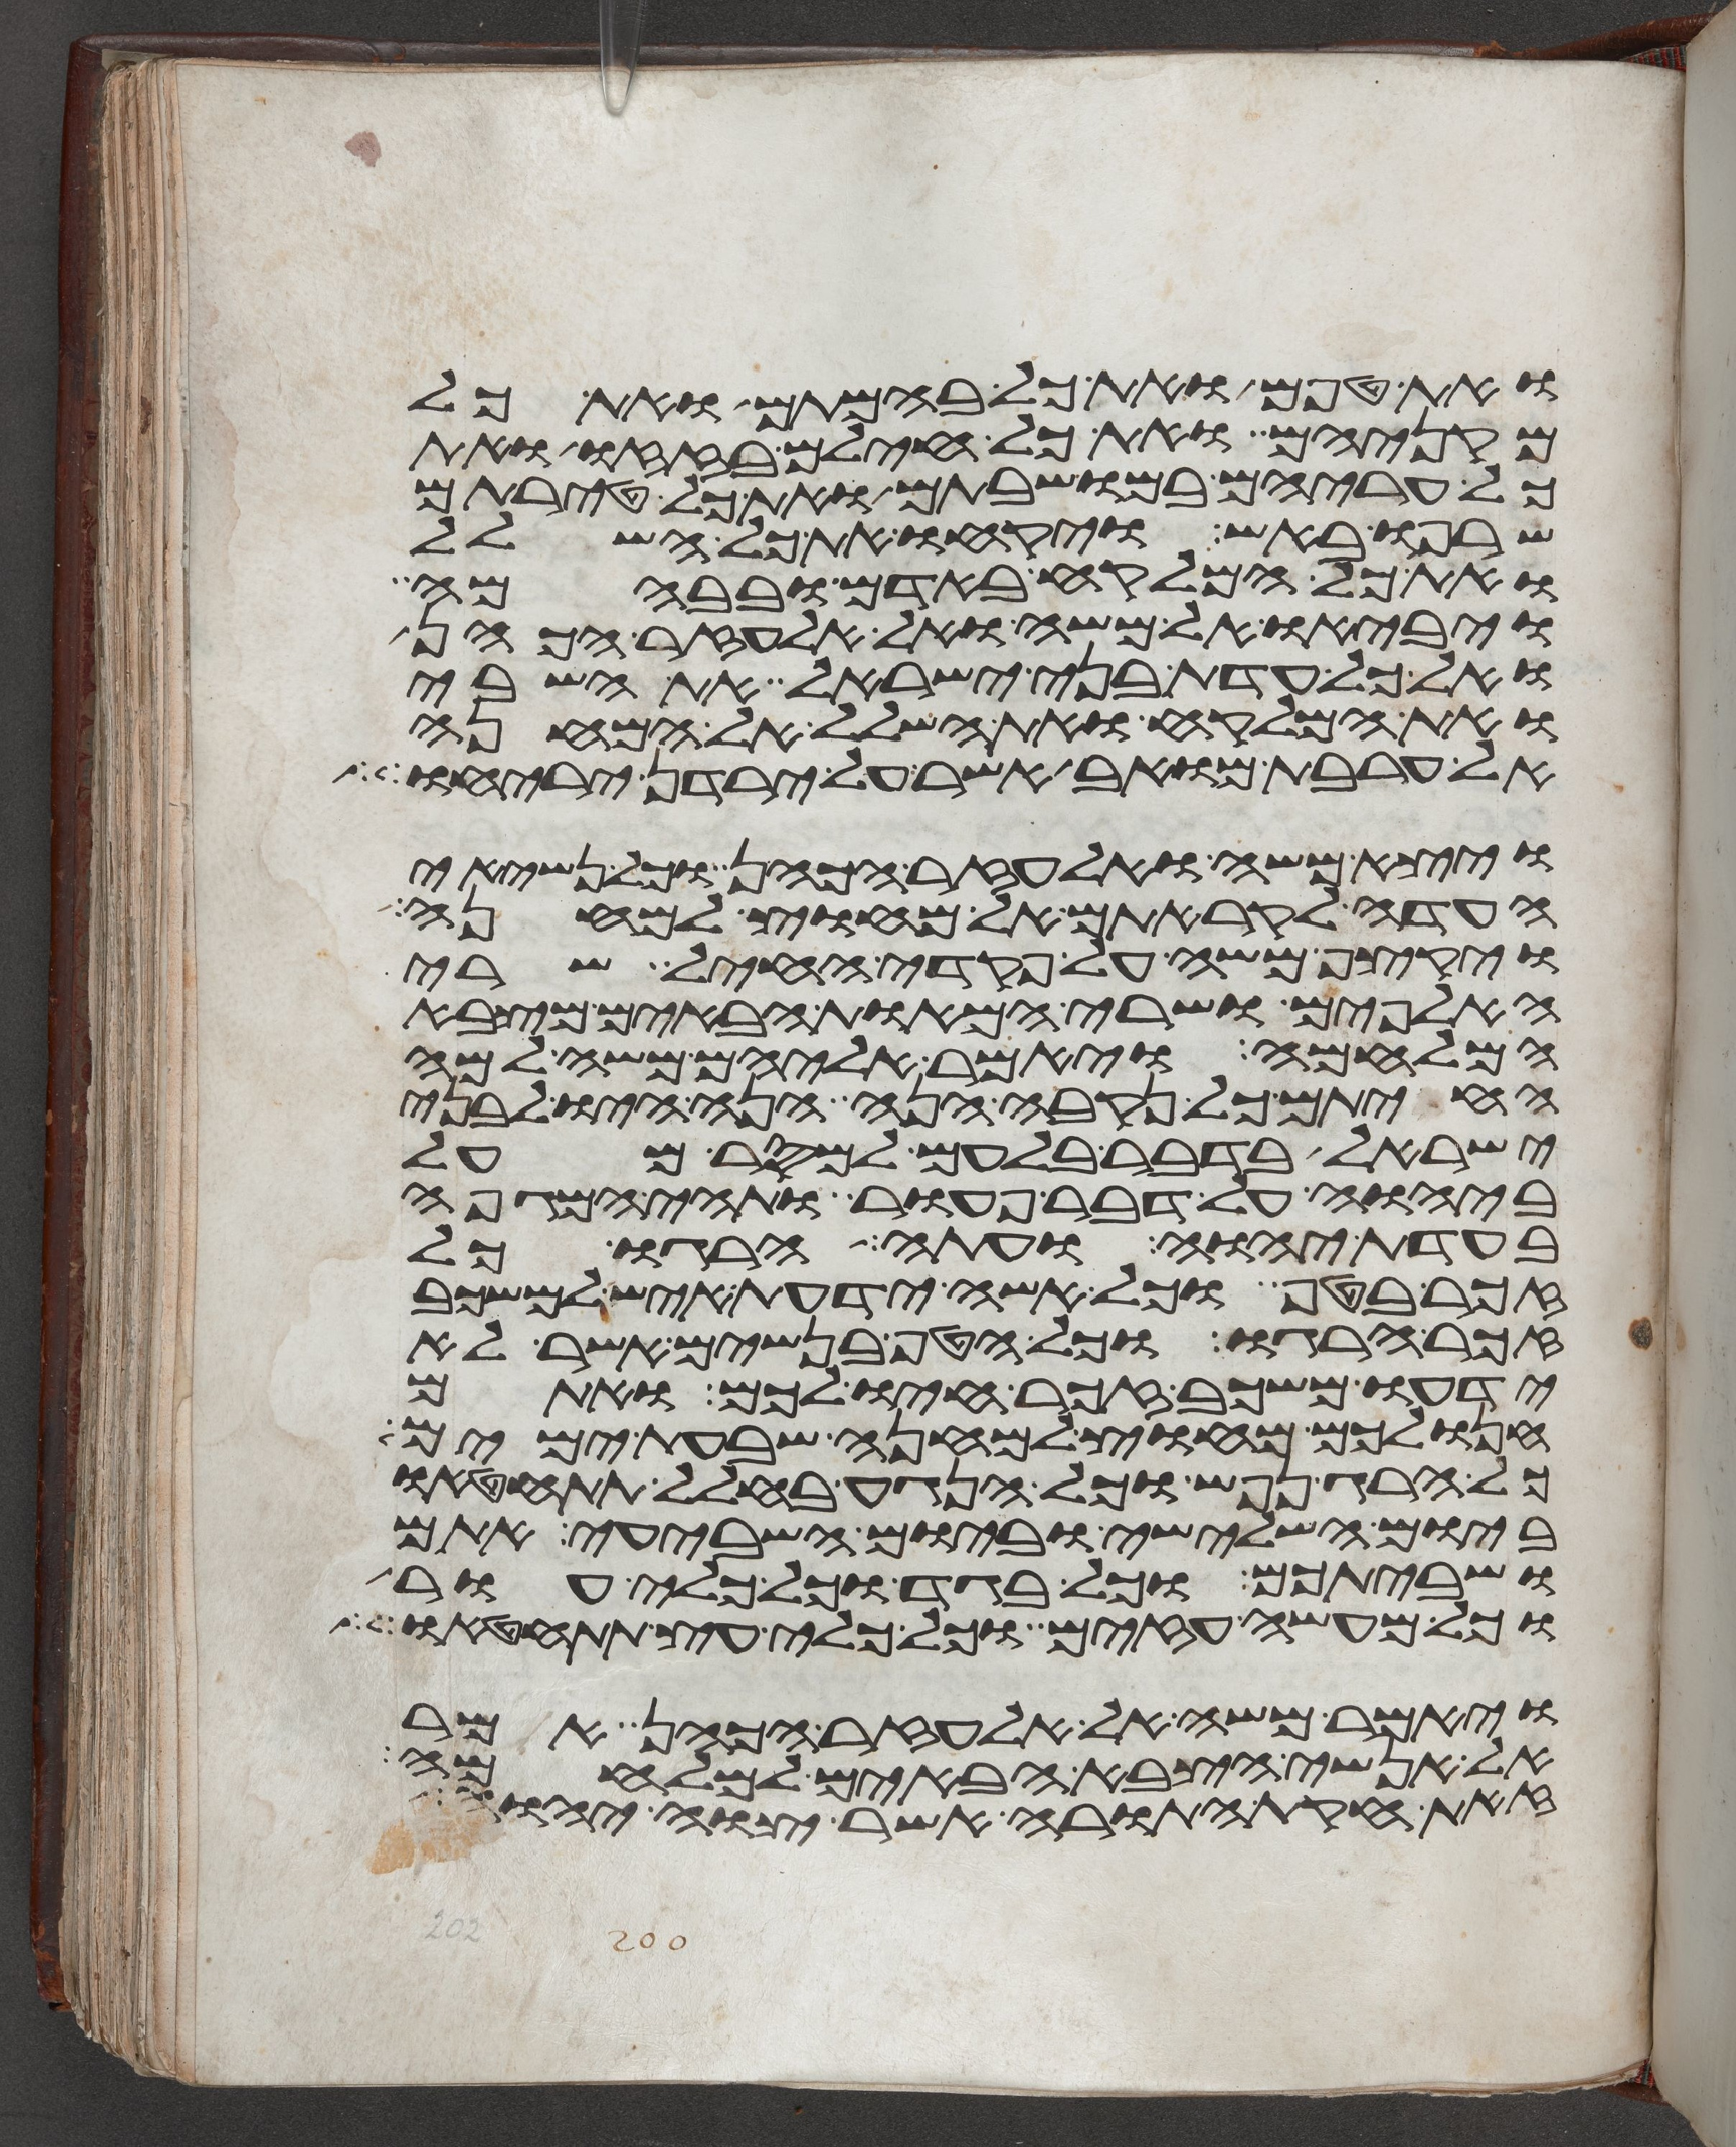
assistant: ואת טפם ואת כל בהמתם ואת כל
מקניהם ואת כל חילם בזזו ואת
כל עריהם במושבתם ואת כל טירתם
שרפו באש ויקחו את כל השלל
ואת כל המלקח באדם ובבהמה
ויביאו אל משה ואל אלעזר הכהן
ואל כל עדת בני ישראל את השבי
ואת המלקח ואת השלל אל המחנה
אל ערבת מואב אשר על ירדן יריחו
ויצא משה ואלעזר הכהן וכל נשיאי
העדה לקראתם אל מחוץ למחנה
ויקצף משה על פקדי החיל שרי
האלפים ושרי המאות הבאים מצבא
המלחמה ויאמר אליהם משה למה
החיתם כל נקבה הנה הנה היו לבני
ישראל בדבר בלעם למסר מעל
ביהוה על דבר פעור ותהי המגפה
בעדת יהוה ועתה הרגו כל
זכר בטף וכל אשה ידעת איש למשכב
זכר הרגו וכל הטף בנשים אשר לא
ידעו משכב זכר חיו לכם ואתם
חנו לכם מחוץ למחנה שבעת ימים
כל הרג נפש וכל הנגע בחלל תתחטאו
ביום השלישי וביום השביעי אתם
ושביתכם וכל בגד וכל כלי עור
וכל מעשה עזים וכל כלי עץ תתחטאו
ויאמר משה אל אלעזר הכהן אמר
אל אנשי הצבא הבאים למלחמה
זאת חקת התורה אשר צוה יהוה